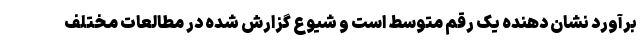
برآورد نشان دهنده یک رقم متوسط ‌است و شیوع گزارش شده در مطالعات مختلف